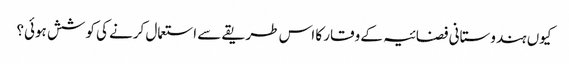
کیوں ہندوستانی فضائیہ کے وقار کا اس طریقے سے استعمال کرنے کی کوشش ہوئی؟